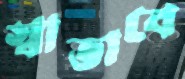
স্বাভাবে